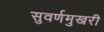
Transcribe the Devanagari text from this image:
सुवर्णमुखरी